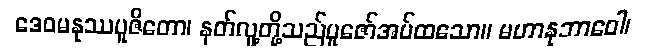
ဒေဝမနုဿပူဇိတော၊ နတ်လူ့တို့သည်ပူဇော်အပ်ထသော။ မဟာနုဘာဝေါ၊